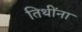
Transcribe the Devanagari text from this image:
तिथींना